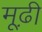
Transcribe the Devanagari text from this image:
मूढ़ी